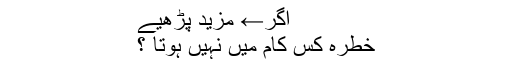
اگر← مزید پڑھیے
خطرہ کس کام میں نہیں ہوتا ؟